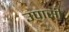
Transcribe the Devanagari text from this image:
उपासी